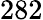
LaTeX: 282